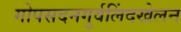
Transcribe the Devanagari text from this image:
गोपसदनगुर्वलिंदखेलन